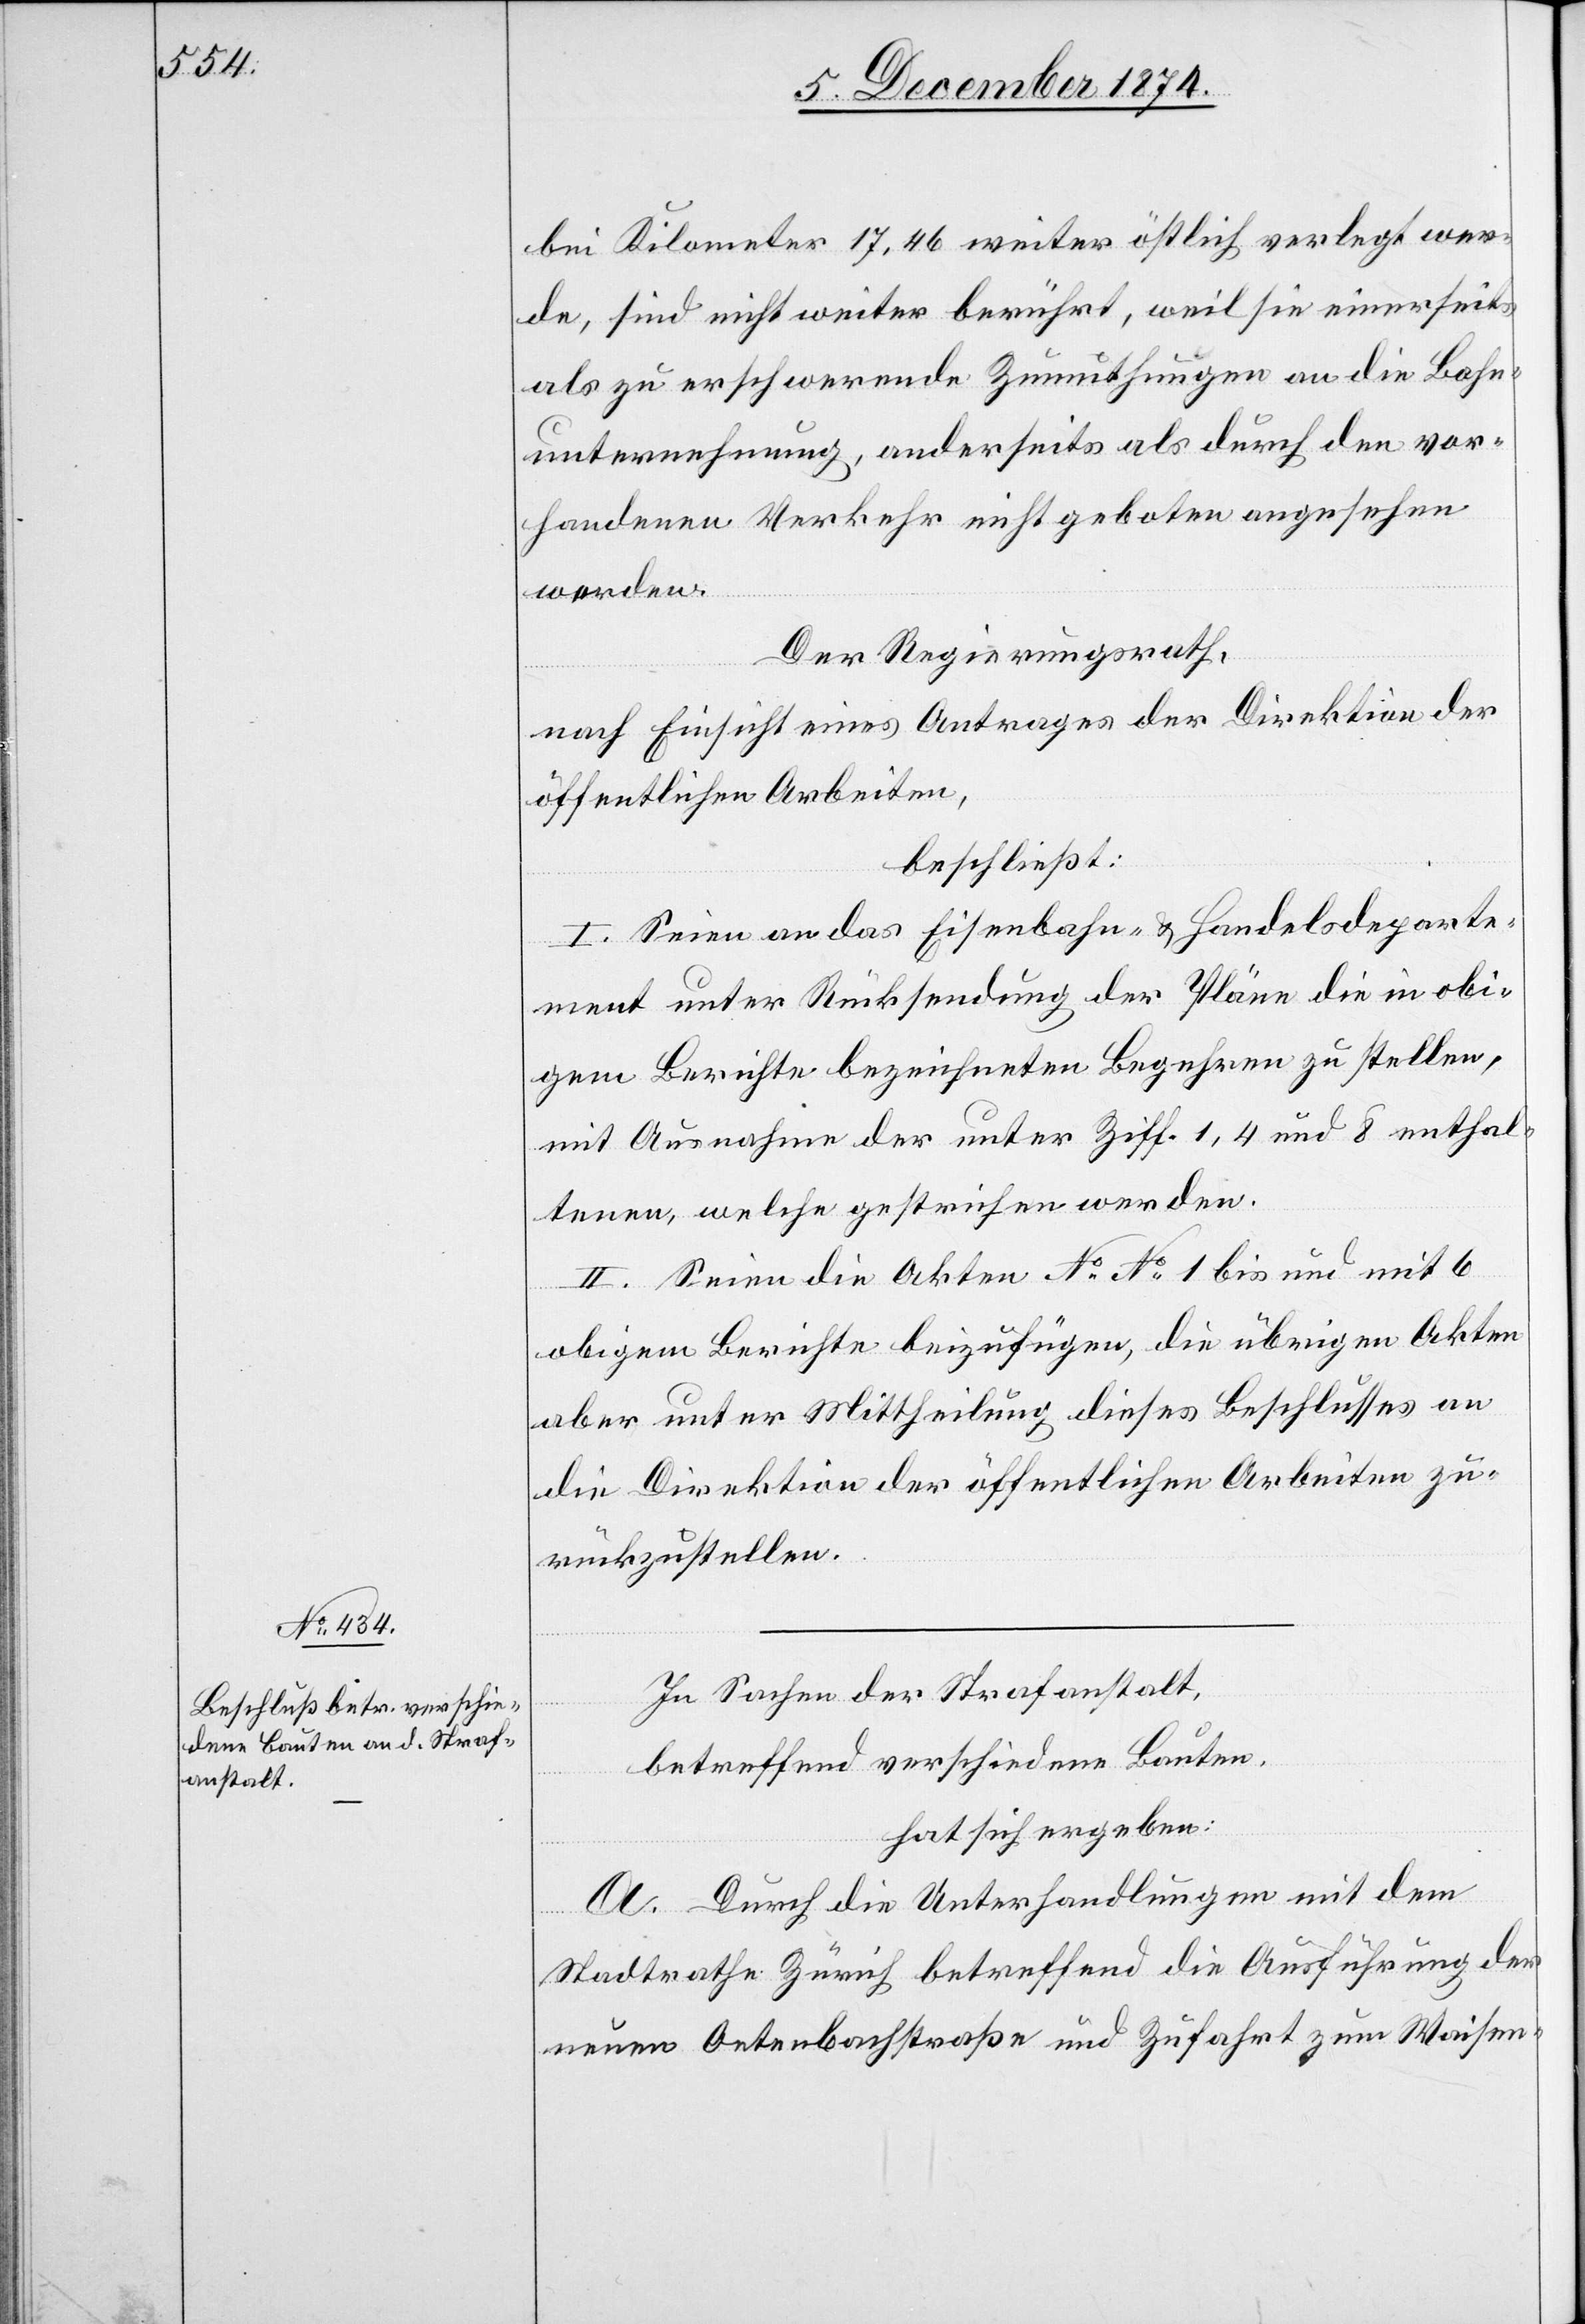
bei Kilometer 17,46 weiter östlich verlegt wer¬
de, sind nicht weiter berührt, weil sie einerseits
als zu erschwerende Zumuthungen an die Bahn¬
unternehmung, anderseits als durch den vor¬
handenen Verkehr nicht geboten angesehen
werden.
Der Regierungsrath,
nach Einsicht eines Antrages der Direktion der
öffentlichen Arbeiten,
beschließt:
I. Seien an das Eisenbahn- & Handelsdeparte¬
ment unter Rücksendung der Pläne die in obi¬
gem Berichte bezeichneten Begehren zu stellen,
mit Ausnahme der unter Ziff. 1, 4 und 8 enthal¬
tenen, welche gestrichen werden.
II. Seien die Akten No No[sic!] 1 bis und mit 6
obigem Berichte beizufügen, die übrigen Akten
aber unter Mittheilung dieses Beschlusses an
die Direktion der öffentlichen Arbeiten zu¬
rückzustellen.
In Sachen der Strafanstalt,
betreffend verschiedene Bauten,
hat sich ergeben:
A. Durch die Unterhandlungen mit dem
Stadtrathe Zürich betreffend die Ausführung der
neuen Oetenbachstraße und Zufahrt zum Waisen-